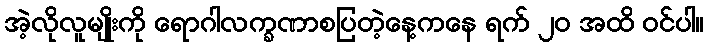
အဲ့လိုလူမျိုးကို ရောဂါလက္ခဏာစပြတဲ့နေ့ကနေ ရက် ၂၀ အထိ ဝင်ပါ။